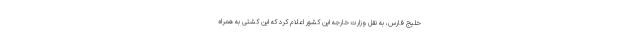
خلیج فارس، به نقل وزارت خارجه این کشور اعلام کرد که این کشتی به همراه